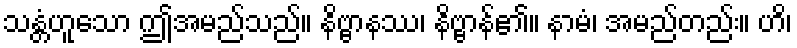
သန္တံဟူသော ဤအမည်သည်။ နိဗ္ဗာနဿ၊ နိဗ္ဗာန်၏။ နာမံ၊ အမည်တည်း။ ဟိ၊